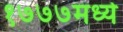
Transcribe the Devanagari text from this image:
१७७७मध्ये